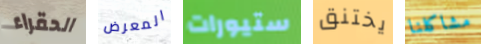
الحقراء المعرض ستيورات يختنق مشاكلنا